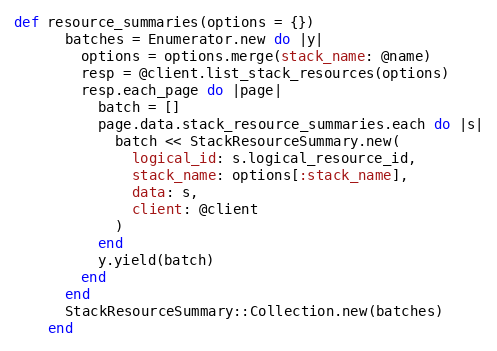
Language: Ruby
def resource_summaries(options = {})
      batches = Enumerator.new do |y|
        options = options.merge(stack_name: @name)
        resp = @client.list_stack_resources(options)
        resp.each_page do |page|
          batch = []
          page.data.stack_resource_summaries.each do |s|
            batch << StackResourceSummary.new(
              logical_id: s.logical_resource_id,
              stack_name: options[:stack_name],
              data: s,
              client: @client
            )
          end
          y.yield(batch)
        end
      end
      StackResourceSummary::Collection.new(batches)
    end